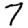
Digit: 7